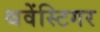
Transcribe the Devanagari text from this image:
श्चवेंस्टिगर